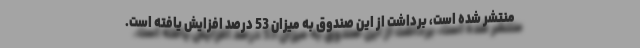
منتشر شده است، برداشت از این صندوق به میزان 53 درصد افزایش یافته است.